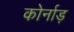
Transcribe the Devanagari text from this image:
कोर्नाड़